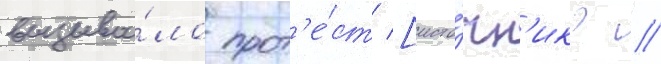
вызыва́ло прот'е́ст [исто́чн'ик? //